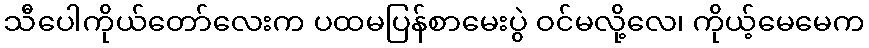
သီပေါကိုယ်တော်လေးက ပထမပြန်စာမေးပွဲ ဝင်မလို့လေ၊ ကိုယ့်မေမေက